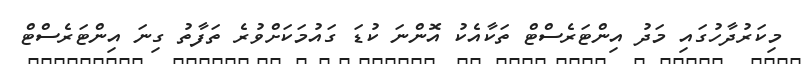
މިކަރުދާހުގައި މަދު އިންޓަރެސްޓް ތަކާއެކު އޮންނަ ކުޑަ ގައުމަކަށްވުރެ ތަފާތު ގިނަ އިންޓަރެސްޓް